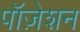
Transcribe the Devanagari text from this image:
पॉज़ेशन